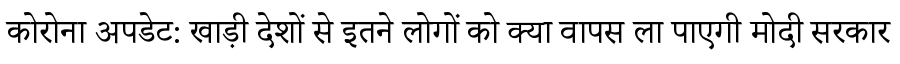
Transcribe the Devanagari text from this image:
कोरोना अपडेट: खाड़ी देशों से इतने लोगों को क्या वापस ला पाएगी मोदी सरकार